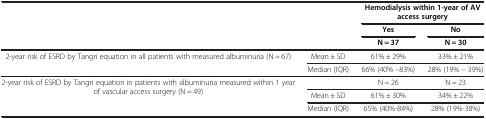
| <ROWSPAN=3-COLSPAN=2>  | <COLSPAN=2> Hemodialysis within 1-year of AV access surgery |
 | Yes | No |
 | N = 37 | N = 30 |
 | --- | --- | --- | --- |
 | <ROWSPAN=2> 2-year risk of ESRD by Tangri equation in all patients with measured albuminuria (N = 67) | Mean ± SD | 61% ± 29% | 33% ± 21% |
 | Median (IQR) | 66% (40% –83%) | 28% (19% – 39%) |
 | <ROWSPAN=3> 2-year risk of ESRD by Tangri equation in patients with albuminuria measured within 1 year of vascular access surgery (N = 49) |  | N = 26 | N = 23 |
 | Mean ± SD | 61% ± 30% | 34% ± 22% |
 | Median (IQR) | 65% (40%-84%) | 28% (19%-38%) |